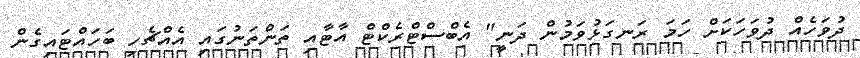
ދުވަހެއް ދުވަހަކަށް ހަމަ ރަނގަޅުވަމުން ދަނީ" އެބްސްޓްރެކްޓް އާޓާއި ތަންތަނުގައި އެއްޗެހި ބަހައްޓައިގެން